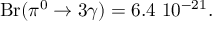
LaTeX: \displaystyle \mathrm { B r } ( \pi ^ { 0 } \to 3 \gamma ) = 6 . 4 ~ 1 0 ^ { - 2 1 } .